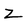
Character: Z